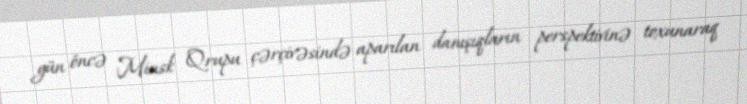
gün öncə Minsk Qrupu çərçivəsində aparılan danışıqların perspektivinə toxunaraq